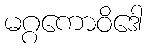
မဂ္ဂကောဝိဒေါ